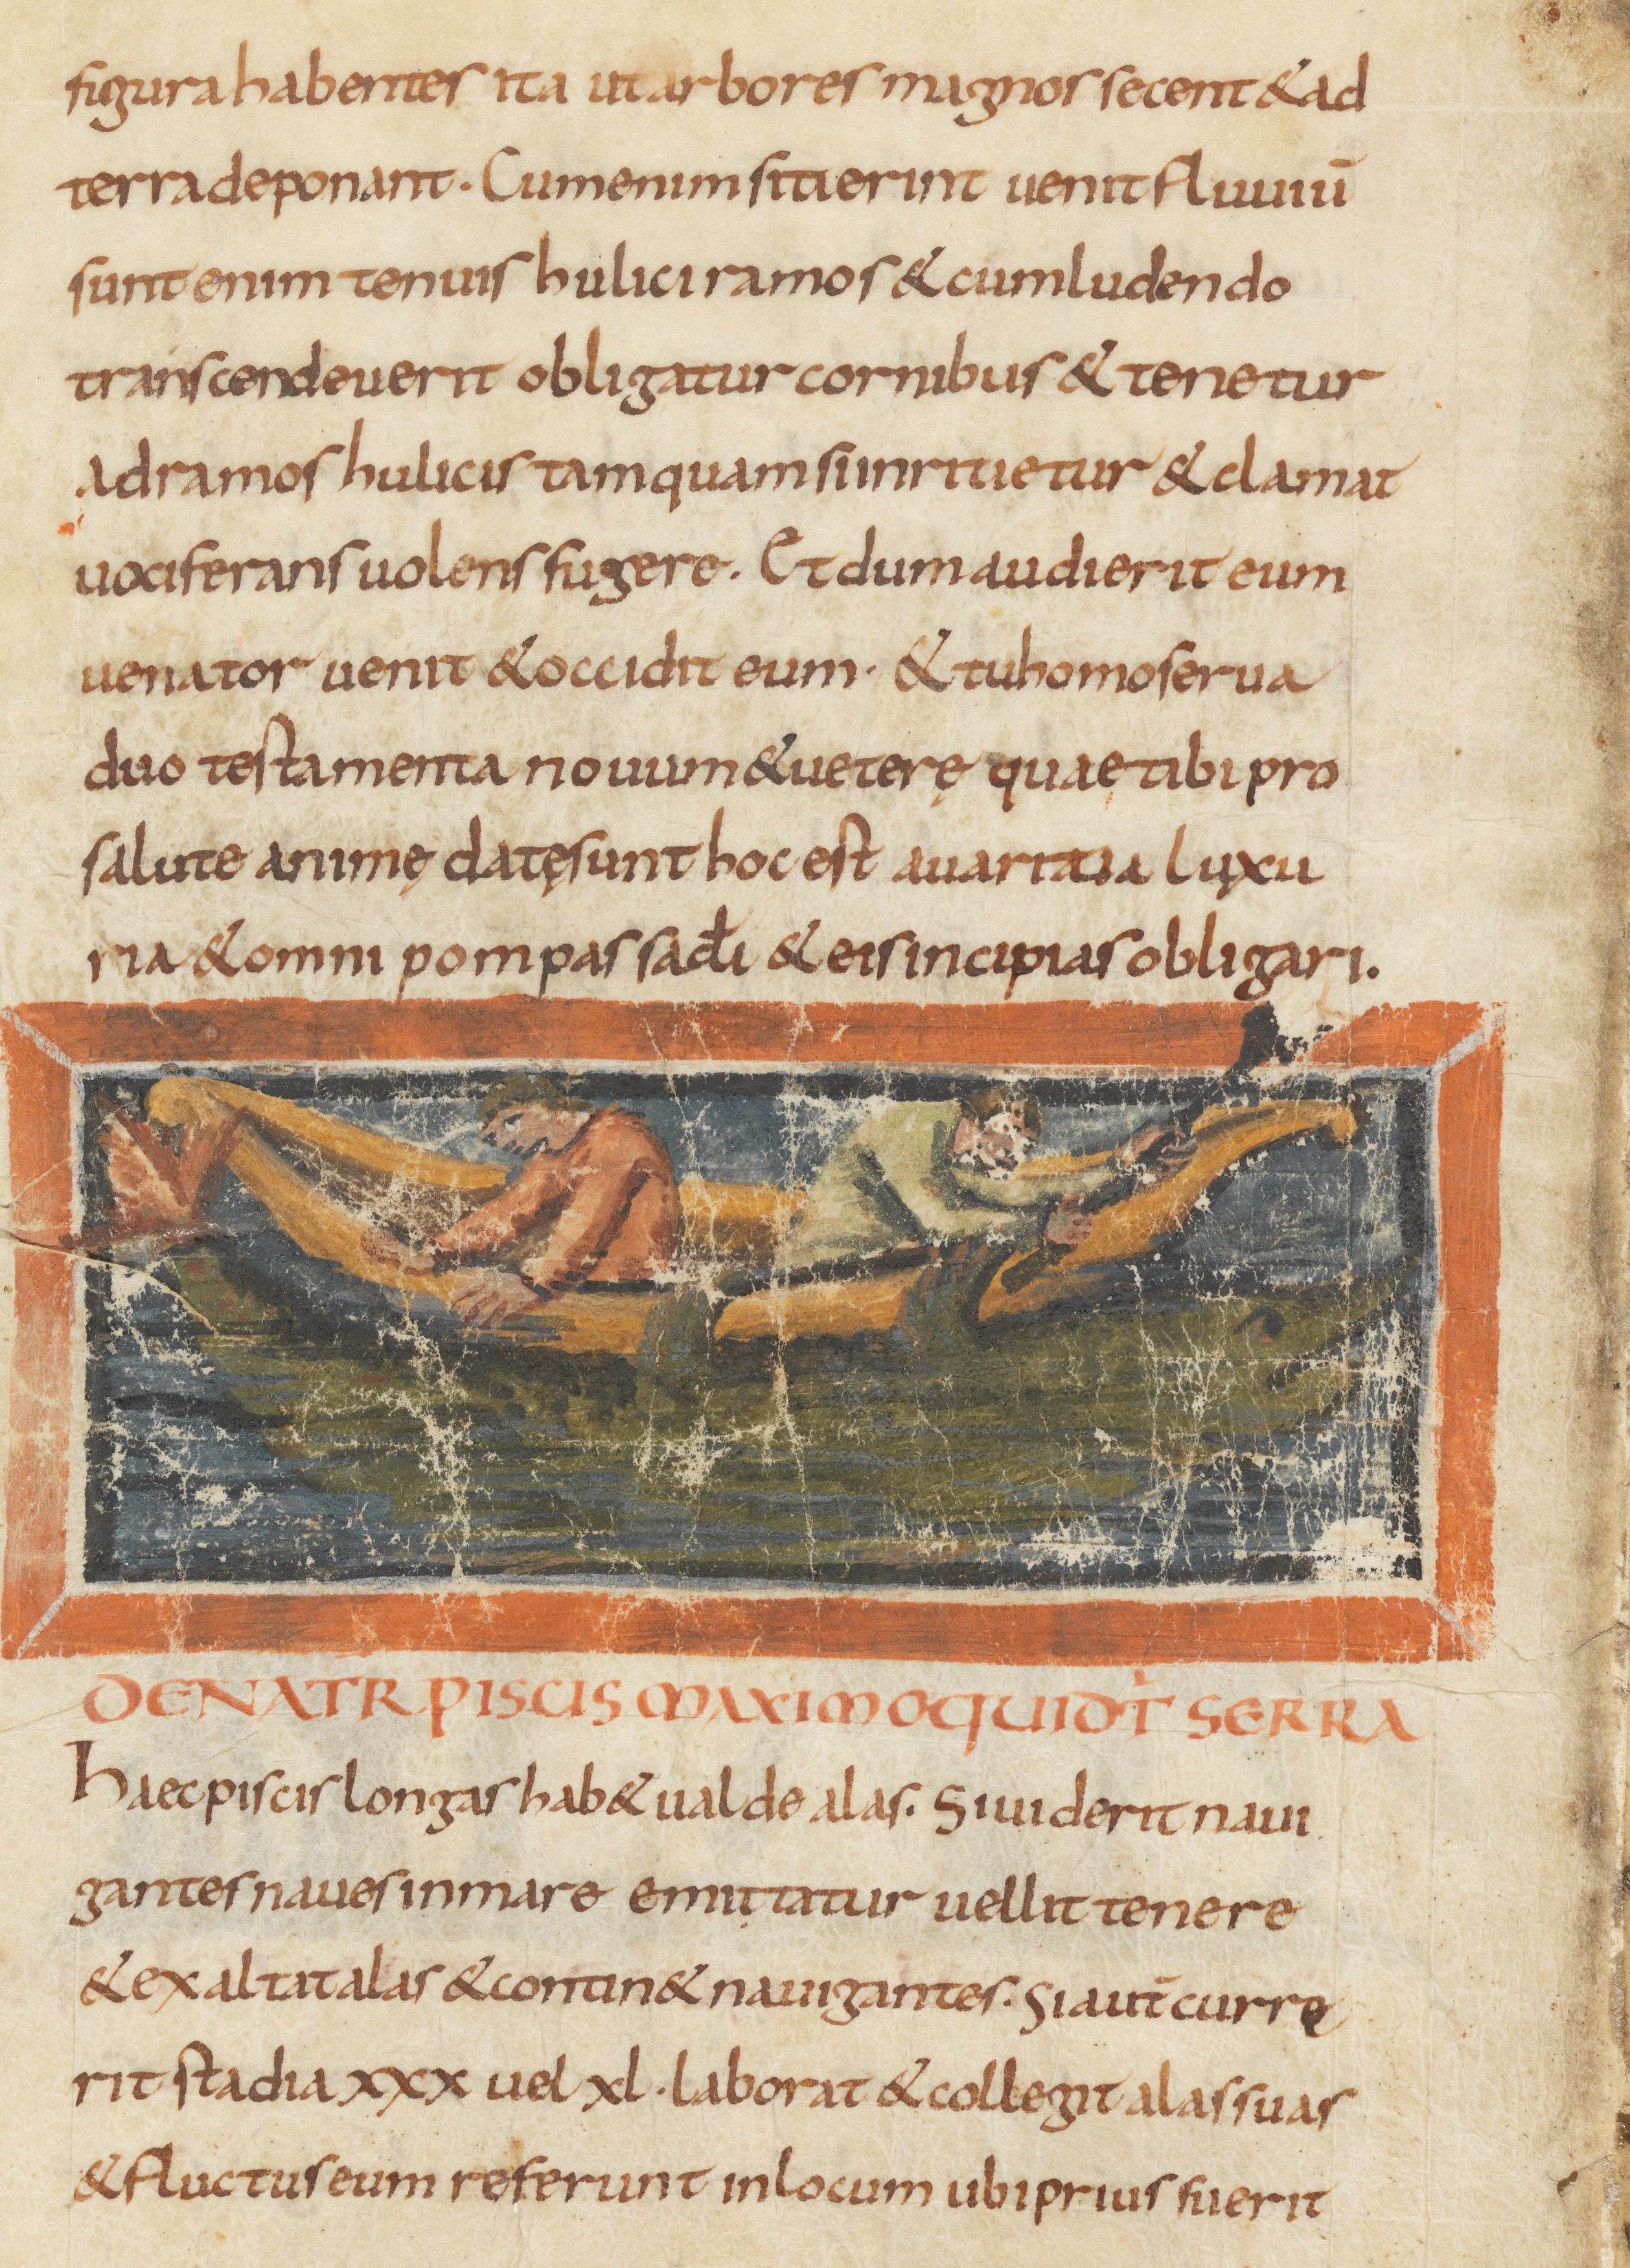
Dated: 815–845